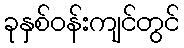
ခုနှစ်ဝန်းကျင်တွင်